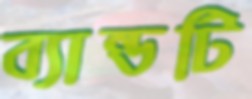
ব্যান্ডটি